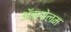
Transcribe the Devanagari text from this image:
अॅब्सोलम